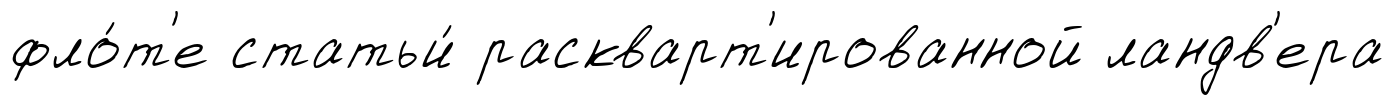
фло́т'е статьи́ раскварт'ированной ландв'ера